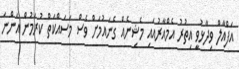
އަފްއާލް ވިދާޅުވީ އިތުރު އެމްއާރުއައި މެޝިނެއް ގެނައުމަށް ވެސް މަސައްކަތް ކުރަމުން އަންނަ